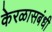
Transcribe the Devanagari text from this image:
केरळासबंधी